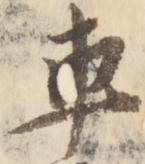
車